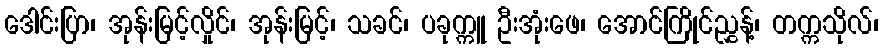
ဒေါင်းပြာ၊ အုန်းမြင့်လှိုင်၊ အုန်းမြင့်၊ သခင်၊ ပခုက္ကူ ဦးအုံးဖေ၊ အောင်ကြိုင်ညွှန့်၊ တက္ကသိုလ်၊